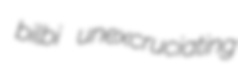
bilbi unexcruciating